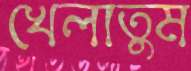
খেলাতুম